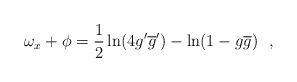
\begin{align*}\omega_x + \phi=\frac{1}{2}\ln(4g'\overline{g}')-\ln(1-g\overline{g})~~,\end{align*}